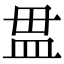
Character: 𥁉